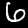
Label: 6